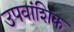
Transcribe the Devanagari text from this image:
उपवांशिक